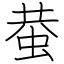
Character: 蛬